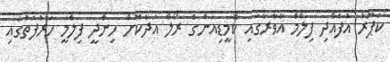
ކަޕޫރު އުފެއްދި ފިލްމް އާވާރާގައި ކޮމީޑިއަންގެ ރޯލް އަދާކޮށް ހިންދީ ފިލްމީ ހަރުފަތުގައި